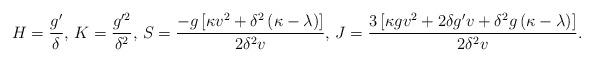
LaTeX: \begin{align*} H=\frac{g'}{\delta}, \, K=\frac{g'^{2}}{\delta^{2}}, \, S = \frac{-g\left[\kappa v^{2}+\delta^{2}\left(\kappa-\lambda\right)\right]}{2\delta^{2}v}, \, J= \frac{3\left[\kappa g v^{2}+2\delta g' v+ \delta^{2} g \left(\kappa-\lambda\right)\right]}{2\delta^{2}v}.\end{align*}